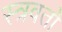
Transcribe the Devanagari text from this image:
स्त्रवतो